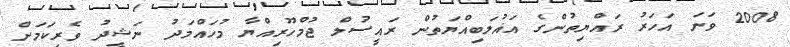
2008 ވަނަ އަހަރު ރައްޔިތުންގެ އަޣުލަބިއްޔަތުން ރައީސުލް ޖުމްހޫރިއްޔާ މުހައްމަދު ނަޝީދު ވެރިކަމަށް